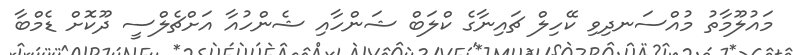
މައުލޫމާތު މުއްސަނދިވި ކޭހިލް ޗައިނާގެ ކްލަބް ޝަންހާއި ޝެންހުއާ އަށްޗެލްސީ ދޫކޮށް ޑެމްބާ